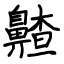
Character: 齄